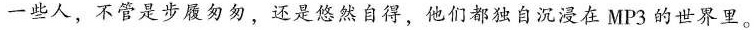
一些人，不管是步履匆匆，还是悠然自得，他们都独自沉浸在MP3的世界里。